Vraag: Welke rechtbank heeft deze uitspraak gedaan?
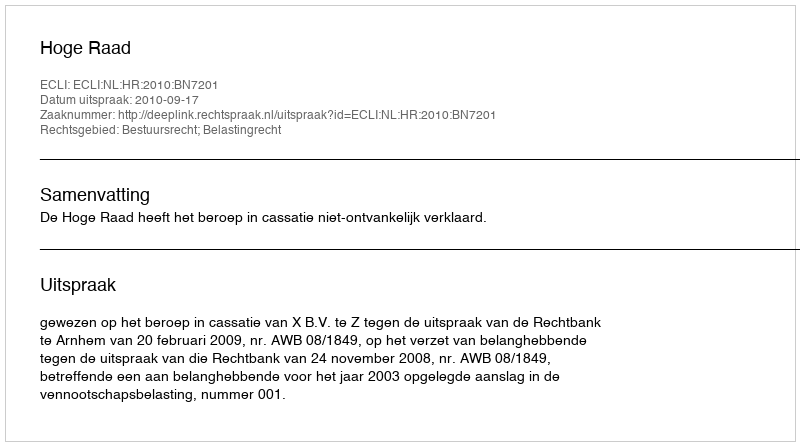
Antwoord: Hoge Raad